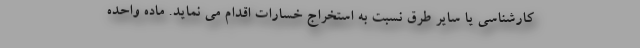
کارشناسی یا سایر طرق نسبت به استخراج خسارات اقدام می نماید. ماده واحده